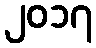
၂၀၁၇